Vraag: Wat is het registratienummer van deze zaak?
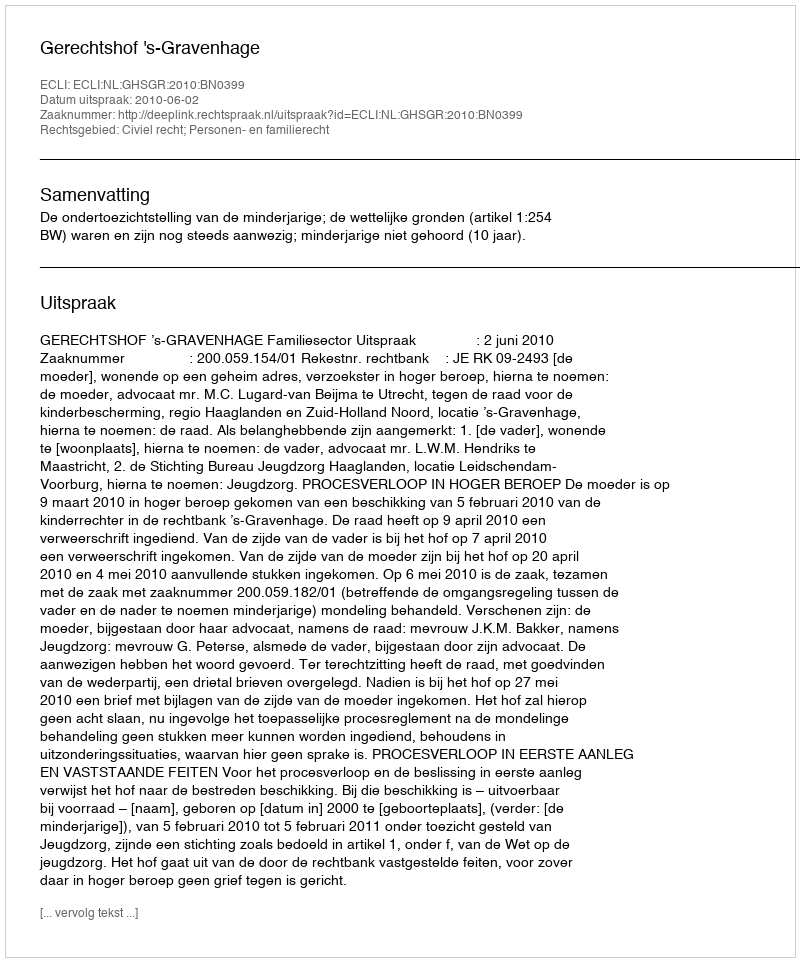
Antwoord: http://deeplink.rechtspraak.nl/uitspraak?id=ECLI:NL:GHSGR:2010:BN0399